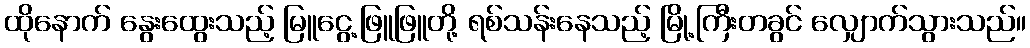
ထိုနောက် နွေးထွေးသည့် မြူငွေ့ဖြူဖြူတို့ ရစ်သန်းနေသည့် မြို့ကြီးတခွင် လျှောက်သွားသည်။